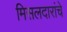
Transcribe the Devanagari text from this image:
मिसलदारांचे